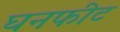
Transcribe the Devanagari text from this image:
घनफीट